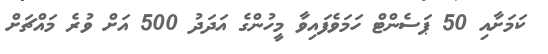
ކަމަށާއި 50 ޕަސެންޓް ހަމަވެފައިވާ މީހުންގެ އަދަދު 500 އަށް ވުރެ މައްޗަށް